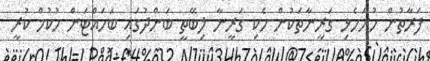
ފަރާތުން ހުށަހެޅި ގަރީނާތަކުން ހެކި ގަރީނާ ލިބޭތީ ބަންދުގައި ބަހައްޓަން ހުކުމް ކުރީ